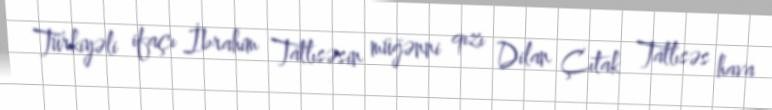
Türkiyəli ifaçı İbrahim Tatlısəsin müğənni qızı Dilan Çıtak Tatlısəs hava